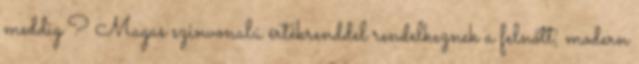
meddig ? Magas szinvonalú értékrenddel rendelkeznek a felnőtt, modern